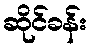
ဆိုင်ခန်း